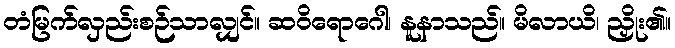
တံမြက်လှည်းစဉ်သာလျှင်။ ဆဝိရောဂေါ၊ နူနာသည်။ မိလာယိ၊ ညှိုး၏။